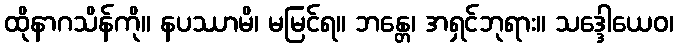
ထိုနာဂသိန်ကို။ နပဿာမိ၊ မမြင်ရ။ ဘန္တေ၊ အရှင်ဘုရား။ သဒ္ဒေါယေဝ၊